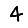
Digit: 4